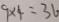
9 \times 4 = 3 6